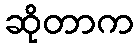
ဆိုတာက